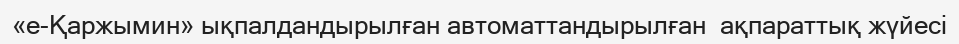
«е-Қаржымин» ықпалдандырылған автоматтандырылған  ақпараттық жүйесі